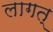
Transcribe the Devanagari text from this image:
लागत्